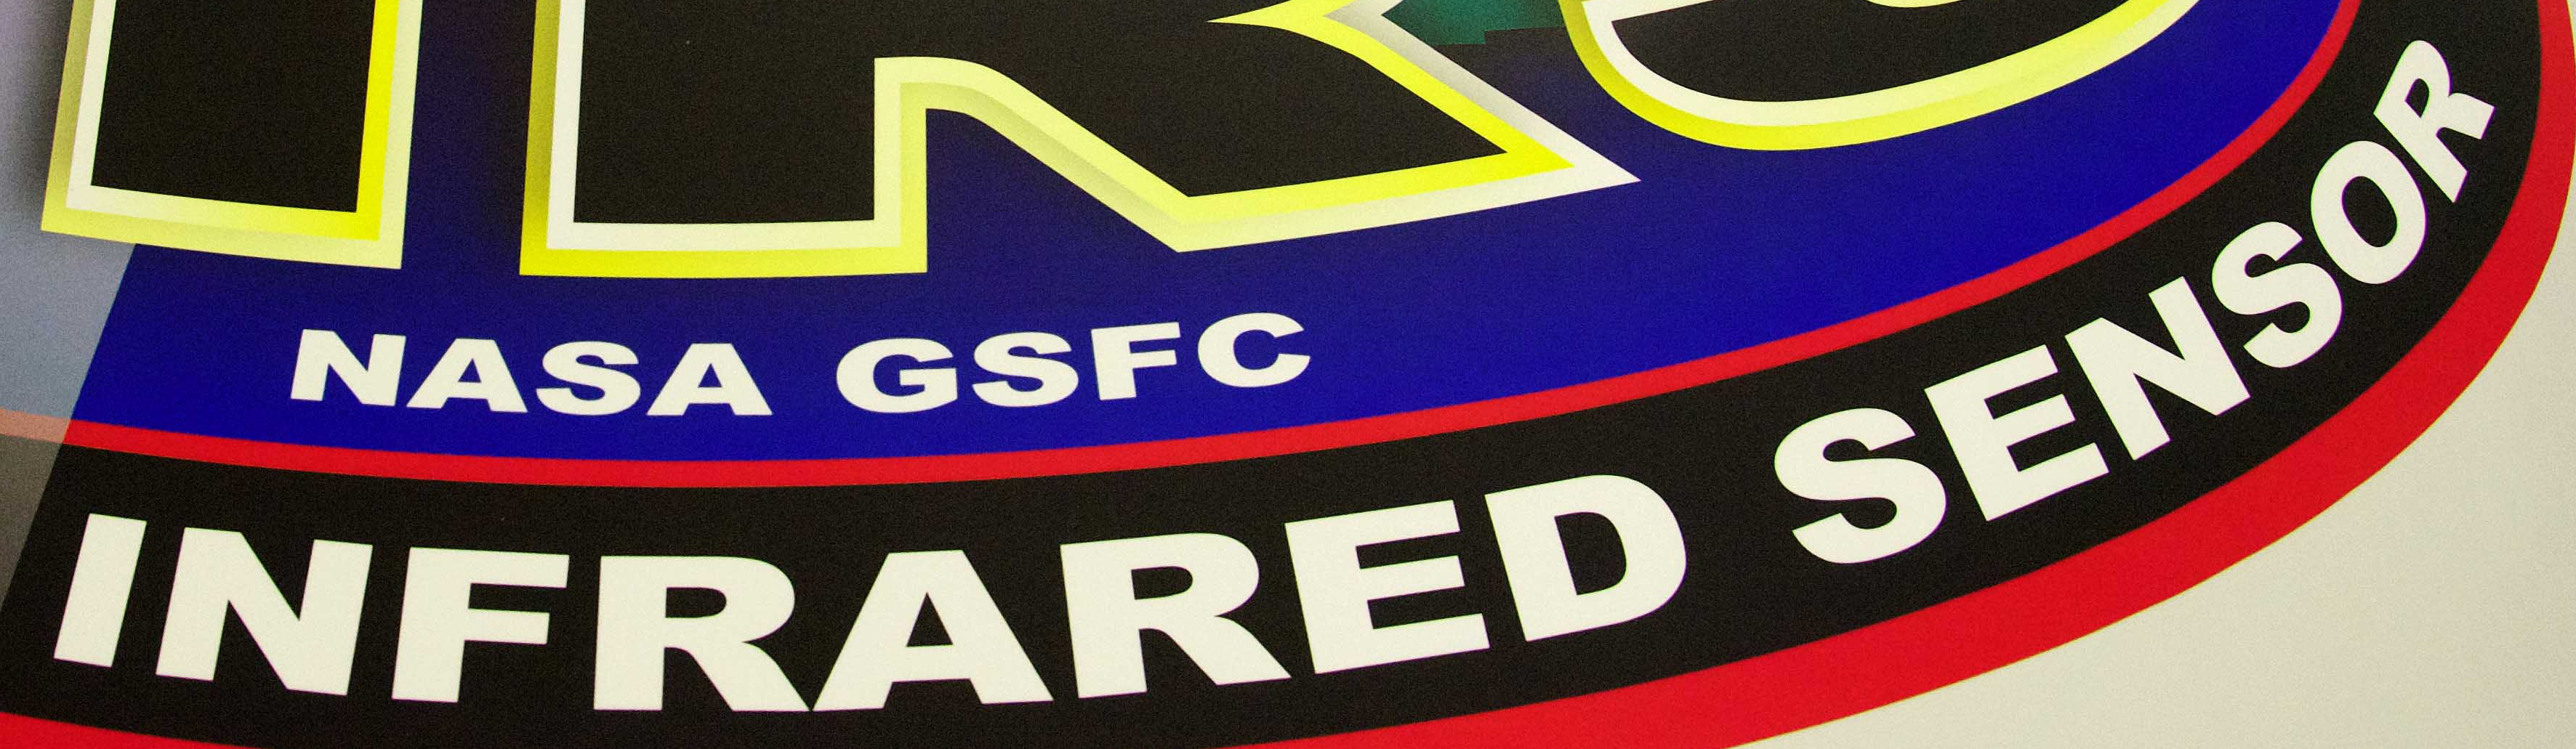
INFRARED SENSOR